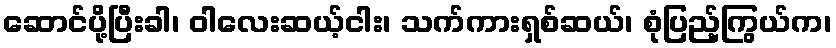
ဆောင်ပို့ပြီးခါ၊ ဝါလေးဆယ့်ငါး၊ သက်ကားရှစ်ဆယ်၊ စုံပြည့်ကြွယ်က၊